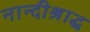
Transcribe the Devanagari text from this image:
नान्दीश्राद्ध